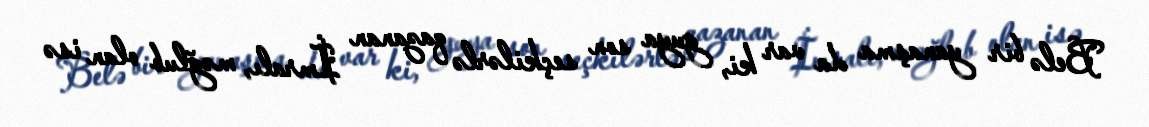
Belə bir yanaşma da var ki, guya son seçkilərlə qazanan İmralı, məğlub olan isə